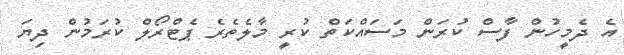
އެ ދެމީހުން ފާސް ކުރަން މަސައްކަތް ކުރީ މާލެތެރެ ޕެޓްރޯލް ކުރަމުން ދިޔަ